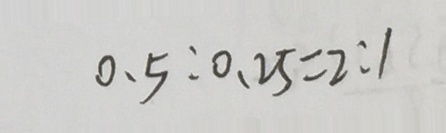
0 . 5 : 0 . 2 5 = 2 : 1